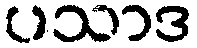
ပသာဒ